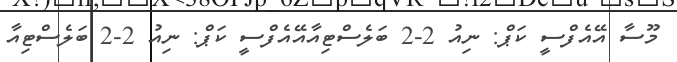
މޫސާ އޭއެފްސީ ކަޕް: ނިއު 2-2 ބަލެސްޓިއާއޭއެފްސީ ކަޕް: ނިއު 2-2 ބަލެސްޓިއާ